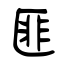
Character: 匪